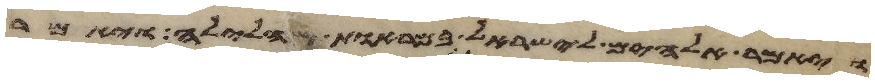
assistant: ויאמר אלהים לישראל במראות הלילה ויאמר